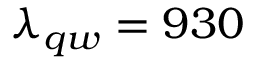
\lambda _ { q w } = 9 3 0